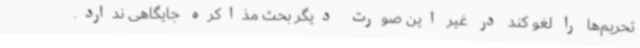
تحریم‌ها را لغو کند در غیر این صورت دیگر بحث مذاکره جایگاهی ندارد.